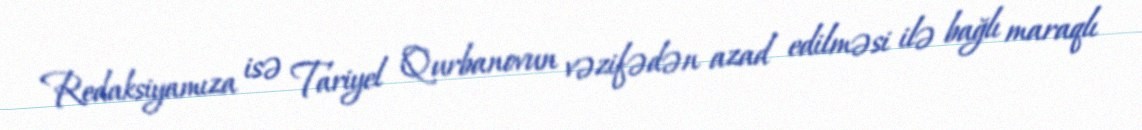
Redaksiyamıza isə Tariyel Qurbanovun vəzifədən azad edilməsi ilə bağlı maraqlı